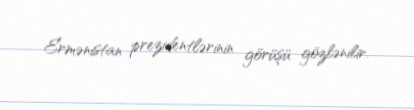
Ermənistan prezidentlərinin görüşü gözlənilir.